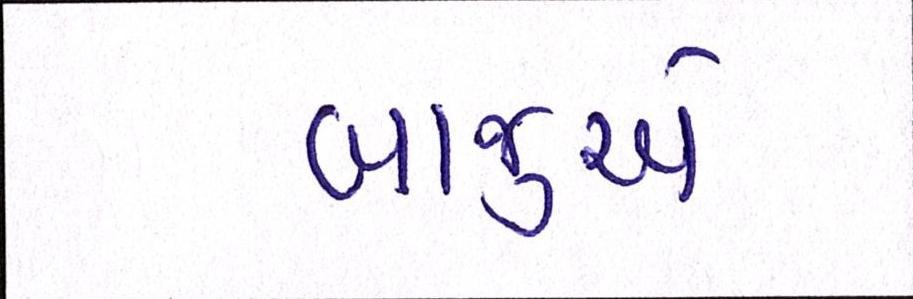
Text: બાજુએ